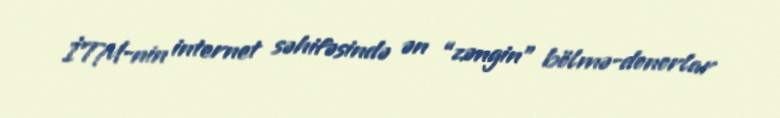
İTM-nin internet səhifəsində ən “zəngin” bölmə-donorlar